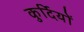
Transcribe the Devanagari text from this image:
कुर्दियों